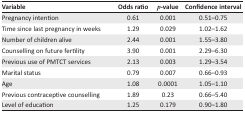
| Variable | Odds ratio | p-value | Confidence interval |
 | --- | --- | --- | --- |
 | Pregnancy intention | 0.61 | 0.001 | 0.51–0.75 |
 | Time since last pregnancy in weeks | 1.29 | 0.029 | 1.02–1.62 |
 | Number of children alive | 2.44 | 0.001 | 1.55–3.80 |
 | Counselling on future fertility | 3.90 | 0.001 | 2.29–6.30 |
 | Previous use of PMTCT services | 2.13 | 0.003 | 1.29–3.54 |
 | Marital status | 0.79 | 0.007 | 0.66–0.93 |
 | Age | 1.08 | 0.0001 | 1.05–1.10 |
 | Previous contraceptive counselling | 1.89 | 0.23 | 0.66–5.40 |
 | Level of education | 1.25 | 0.179 | 0.90–1.80 |